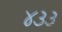
૪૩૩